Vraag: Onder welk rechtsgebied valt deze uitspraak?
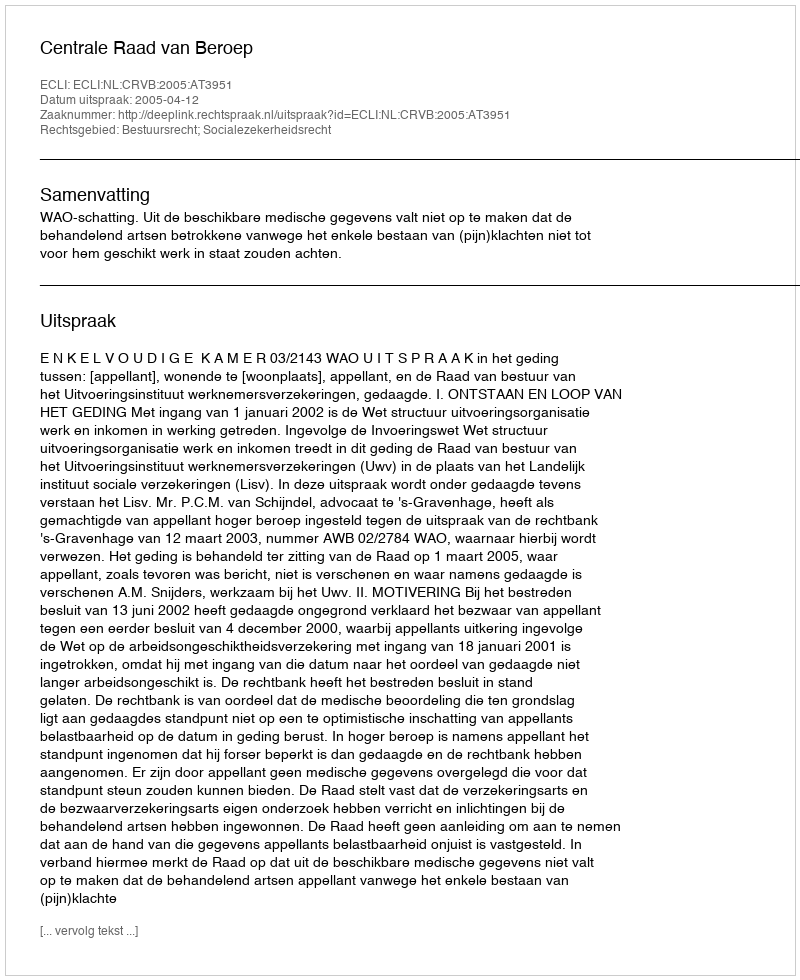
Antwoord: Bestuursrecht; Socialezekerheidsrecht